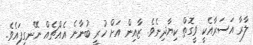
ލާރާ އަސަރާއެކީ ވީގޮތް ކިޔާދިނެވެ. ޒާއިން އަށް ހުރީ ބުނާނެ އެއްޗެއް ނޭނގިފައެވެ.